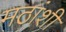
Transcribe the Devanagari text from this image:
मठांशी